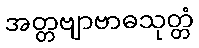
အတ္တဗျာဗာဓသုတ္တံ